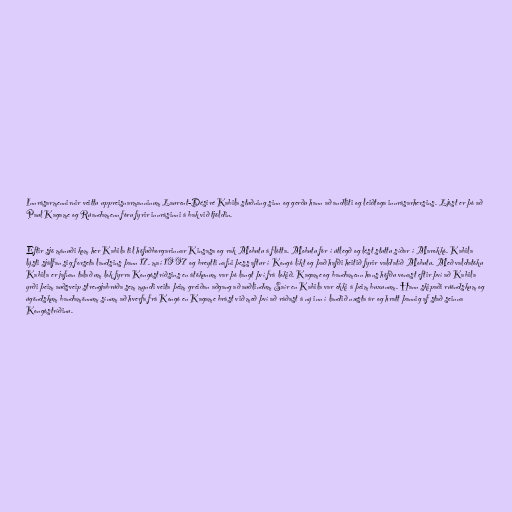
Innrásarmennirnir veittu uppreisnarmanninum Laurent-Désiré Kabila stuðning sinn og gerðu hann að andliti og leiðtoga innrásarhersins. Ljóst er þó að
Paul Kagame og Rúandamenn fóru fyrir innrásinni á bak við tjöldin.

Eftir sjö mánuði kom her Kabila til höfuðborgarinnar Kinsasa og rak Mobutu á flótta. Mobutu fór í útlegð og lést stuttu síðar í Marokkó. Kabila
lýsti sjálfan sig forseta landsins þann 17. maí 1997 og breytti nafni þess aftur í Kongó líkt og það hafði heitið fyrir valdatíð Mobutu. Með valdatöku
Kabila er jafnan talað um lok fyrra Kongóstríðsins en átökunum var þó langt því frá lokið. Kagame og bandamenn hans höfðu vonast eftir því að Kabila
yrði þeim auðsveip strengjabrúða sem myndi veita þeim greiðan aðgang að auðlindum Saír en Kabila var ekki á þeim buxunum. Hann skipaði rúöndskum og
úgöndskum bandamönnum sínum að hverfa frá Kongó en Kagame brást við með því að ráðast á ný inn í landið næsta ár og hratt þannig af stað seinna
Kongóstríðinu.